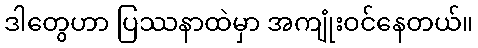
ဒါတွေဟာ ပြဿနာထဲမှာ အကျုံးဝင်နေတယ်။